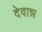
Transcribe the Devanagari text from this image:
देवान्न